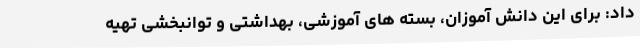
داد: برای این دانش آموزان، بسته های آموزشی، بهداشتی و توانبخشی تهیه